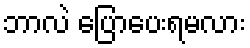
ဘာလဲ ပြောပေးရမလား